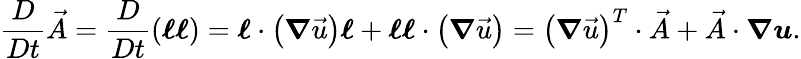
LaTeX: \frac{D}{Dt}\vec{A}=\frac{D}{Dt}\left(\boldsymbol{\ell}\boldsymbol{\ell}\right)=\boldsymbol{\ell}\cdot\left(\boldsymbol{\nabla}\vec{u}\right)\boldsymbol{\ell}+\boldsymbol{\ell}\boldsymbol{\ell}\cdot\left(\boldsymbol{\nabla}\vec{u}\right)=\left(\boldsymbol{\nabla}\vec{u}\right)^{T}\cdot\vec{A}+\vec{A}\cdot\boldsymbol{\nabla}\boldsymbol{u}.